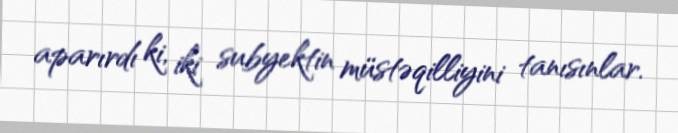
aparırdı ki, iki subyektin müstəqilliyini tanısınlar.